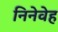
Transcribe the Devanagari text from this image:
निनेवेह